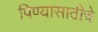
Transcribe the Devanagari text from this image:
पिण्यासाठीचे